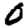
Digit: 0